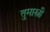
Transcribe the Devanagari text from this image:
तुमास्नी